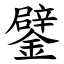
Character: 鐾